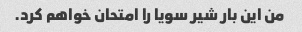
من این بار شیر سویا را امتحان خواهم کرد.